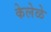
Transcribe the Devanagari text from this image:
केलेळे